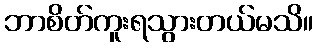
ဘာစိတ်ကူးရသွားတယ်မသိ။